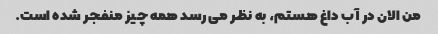
من الان در آب داغ هستم، به نظر می رسد همه چیز منفجر شده است.